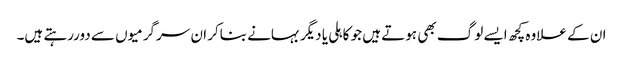
ان کے علاوہ کچھ ایسے لوگ بھی ہوتے ہیں جو کاہلی یا دیگر بہانے بناکر ان سرگرمیوں سے دوررہتے ہیں۔